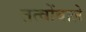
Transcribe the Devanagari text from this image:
तत्वोंवाले